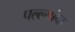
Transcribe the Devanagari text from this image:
पल्ल्यांचा